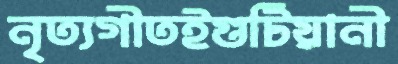
নৃত্যগীতইগুটিয়ানী